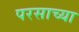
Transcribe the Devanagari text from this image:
परसाच्या